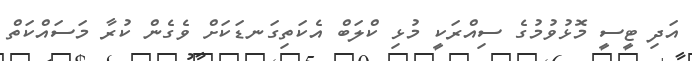
އަދި ޓީސީ މޮޅުވުމުގެ ސިއްރަކީ މުޅި ކްލަބް އެކަތިގަނޑަކަށް ވެގެން ކުރާ މަސައްކަތް